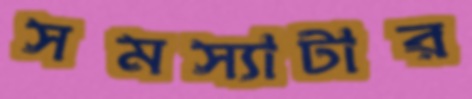
সমস্যাটার